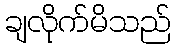
ချလိုက်မိသည်